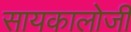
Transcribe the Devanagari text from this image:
सायकालोजी